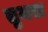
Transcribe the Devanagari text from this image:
तुमरा